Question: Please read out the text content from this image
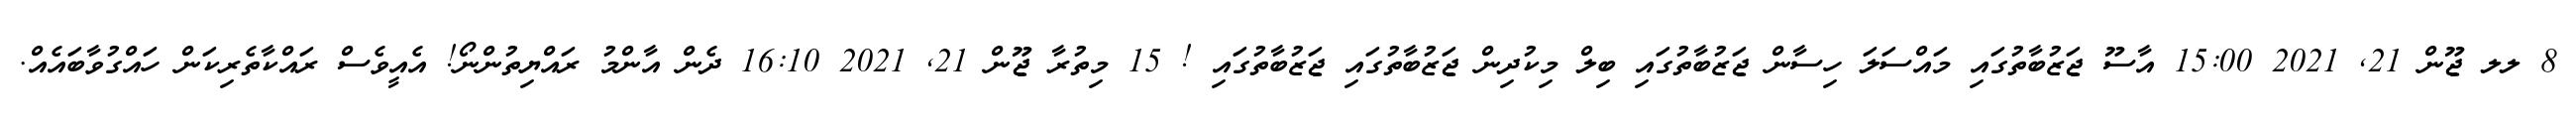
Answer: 8 ލލ ޖޫން 21, 2021 15:00 އާސޫ ޖަޒުބާތުގައި މައްސަލަ ހިސާން ޖަޒުބާތުގައި ބިލް މިކުދިން ޖަޒުބާތުގައި ޖަޒުބާތުގައި ! 15 މިތުރާ ޖޫން 21, 2021 16:10 ދެން އާންމު ރައްޔިތުންނޯ! އެއީވެސް ރައްކާތެރިކަން ހައްގުވާބައެއް.